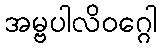
အမ္ဗပါလိဝဂ္ဂေါ